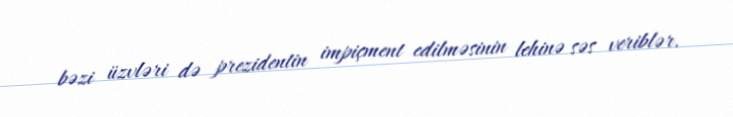
bəzi üzvləri də prezidentin impiçment edilməsinin lehinə səs veriblər.